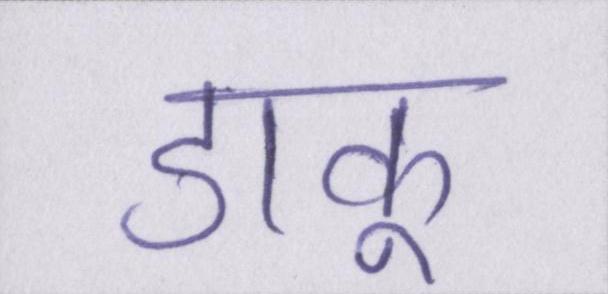
डाकू